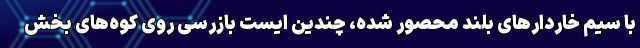
با سیم خاردارهای بلند محصور شده، چندین ایست بازرسی روی کوه‌های بخش